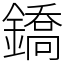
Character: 鐈